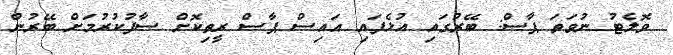
ވޮލެޓު ނުވަތަ ޕާސް: ބޭރުގައި އުޅެފައި އައިސް ޕާސް ރީތިކޮށް ސާފުކުރުމަށް ބޭރުން